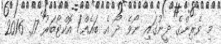
މި ވެރިންގެ ދީނުގައި ނޯވެ ދޯ އެ ބައެއް/ އޮކްޓޯބަރު 17